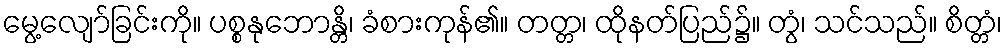
မွေ့လျော်ခြင်းကို။ ပစ္စနုဘောန္တိ၊ ခံစားကုန်၏။ တတ္တ၊ ထိုနတ်ပြည်၌။ တွံ၊ သင်သည်။ စိတ္တံ၊